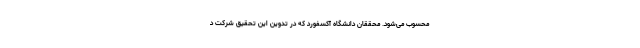
محسوب می‌شود. محققان دانشگاه آکسفورد که در تدوین این تحقیق شرکت د